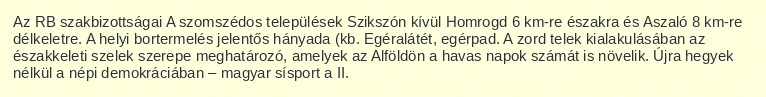
Az RB szakbizottságai A szomszédos települések Szikszón kívül Homrogd 6 km-re északra és Aszaló 8 km-re délkeletre. A helyi bortermelés jelentős hányada (kb. Egéralátét, egérpad. A zord telek kialakulásában az északkeleti szelek szerepe meghatározó, amelyek az Alföldön a havas napok számát is növelik. Újra hegyek nélkül a népi demokráciában – magyar sísport a II.